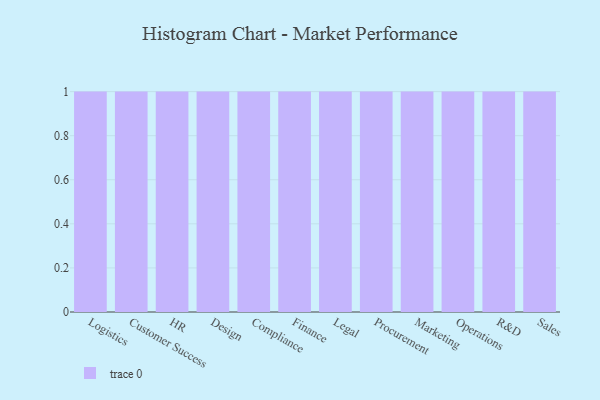
{"axis": {"x": "Department", "y": "Budget (USD K)"}, "legend": [""], "data": [{"x": "Logistics", "y": 12, "type": ""}, {"x": "Customer Success", "y": 40, "type": ""}, {"x": "HR", "y": 17, "type": ""}, {"x": "Design", "y": 40, "type": ""}, {"x": "Compliance", "y": 93, "type": ""}, {"x": "Finance", "y": 75, "type": ""}, {"x": "Legal", "y": 24, "type": ""}, {"x": "Procurement", "y": 47, "type": ""}, {"x": "Marketing", "y": 37, "type": ""}, {"x": "Operations", "y": 40, "type": ""}, {"x": "R&D", "y": 88, "type": ""}, {"x": "Sales", "y": 90, "type": ""}]}